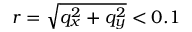
r = \sqrt { q _ { x } ^ { 2 } + q _ { y } ^ { 2 } } < 0 . 1